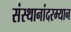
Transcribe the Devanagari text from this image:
संस्थानांदरम्यान